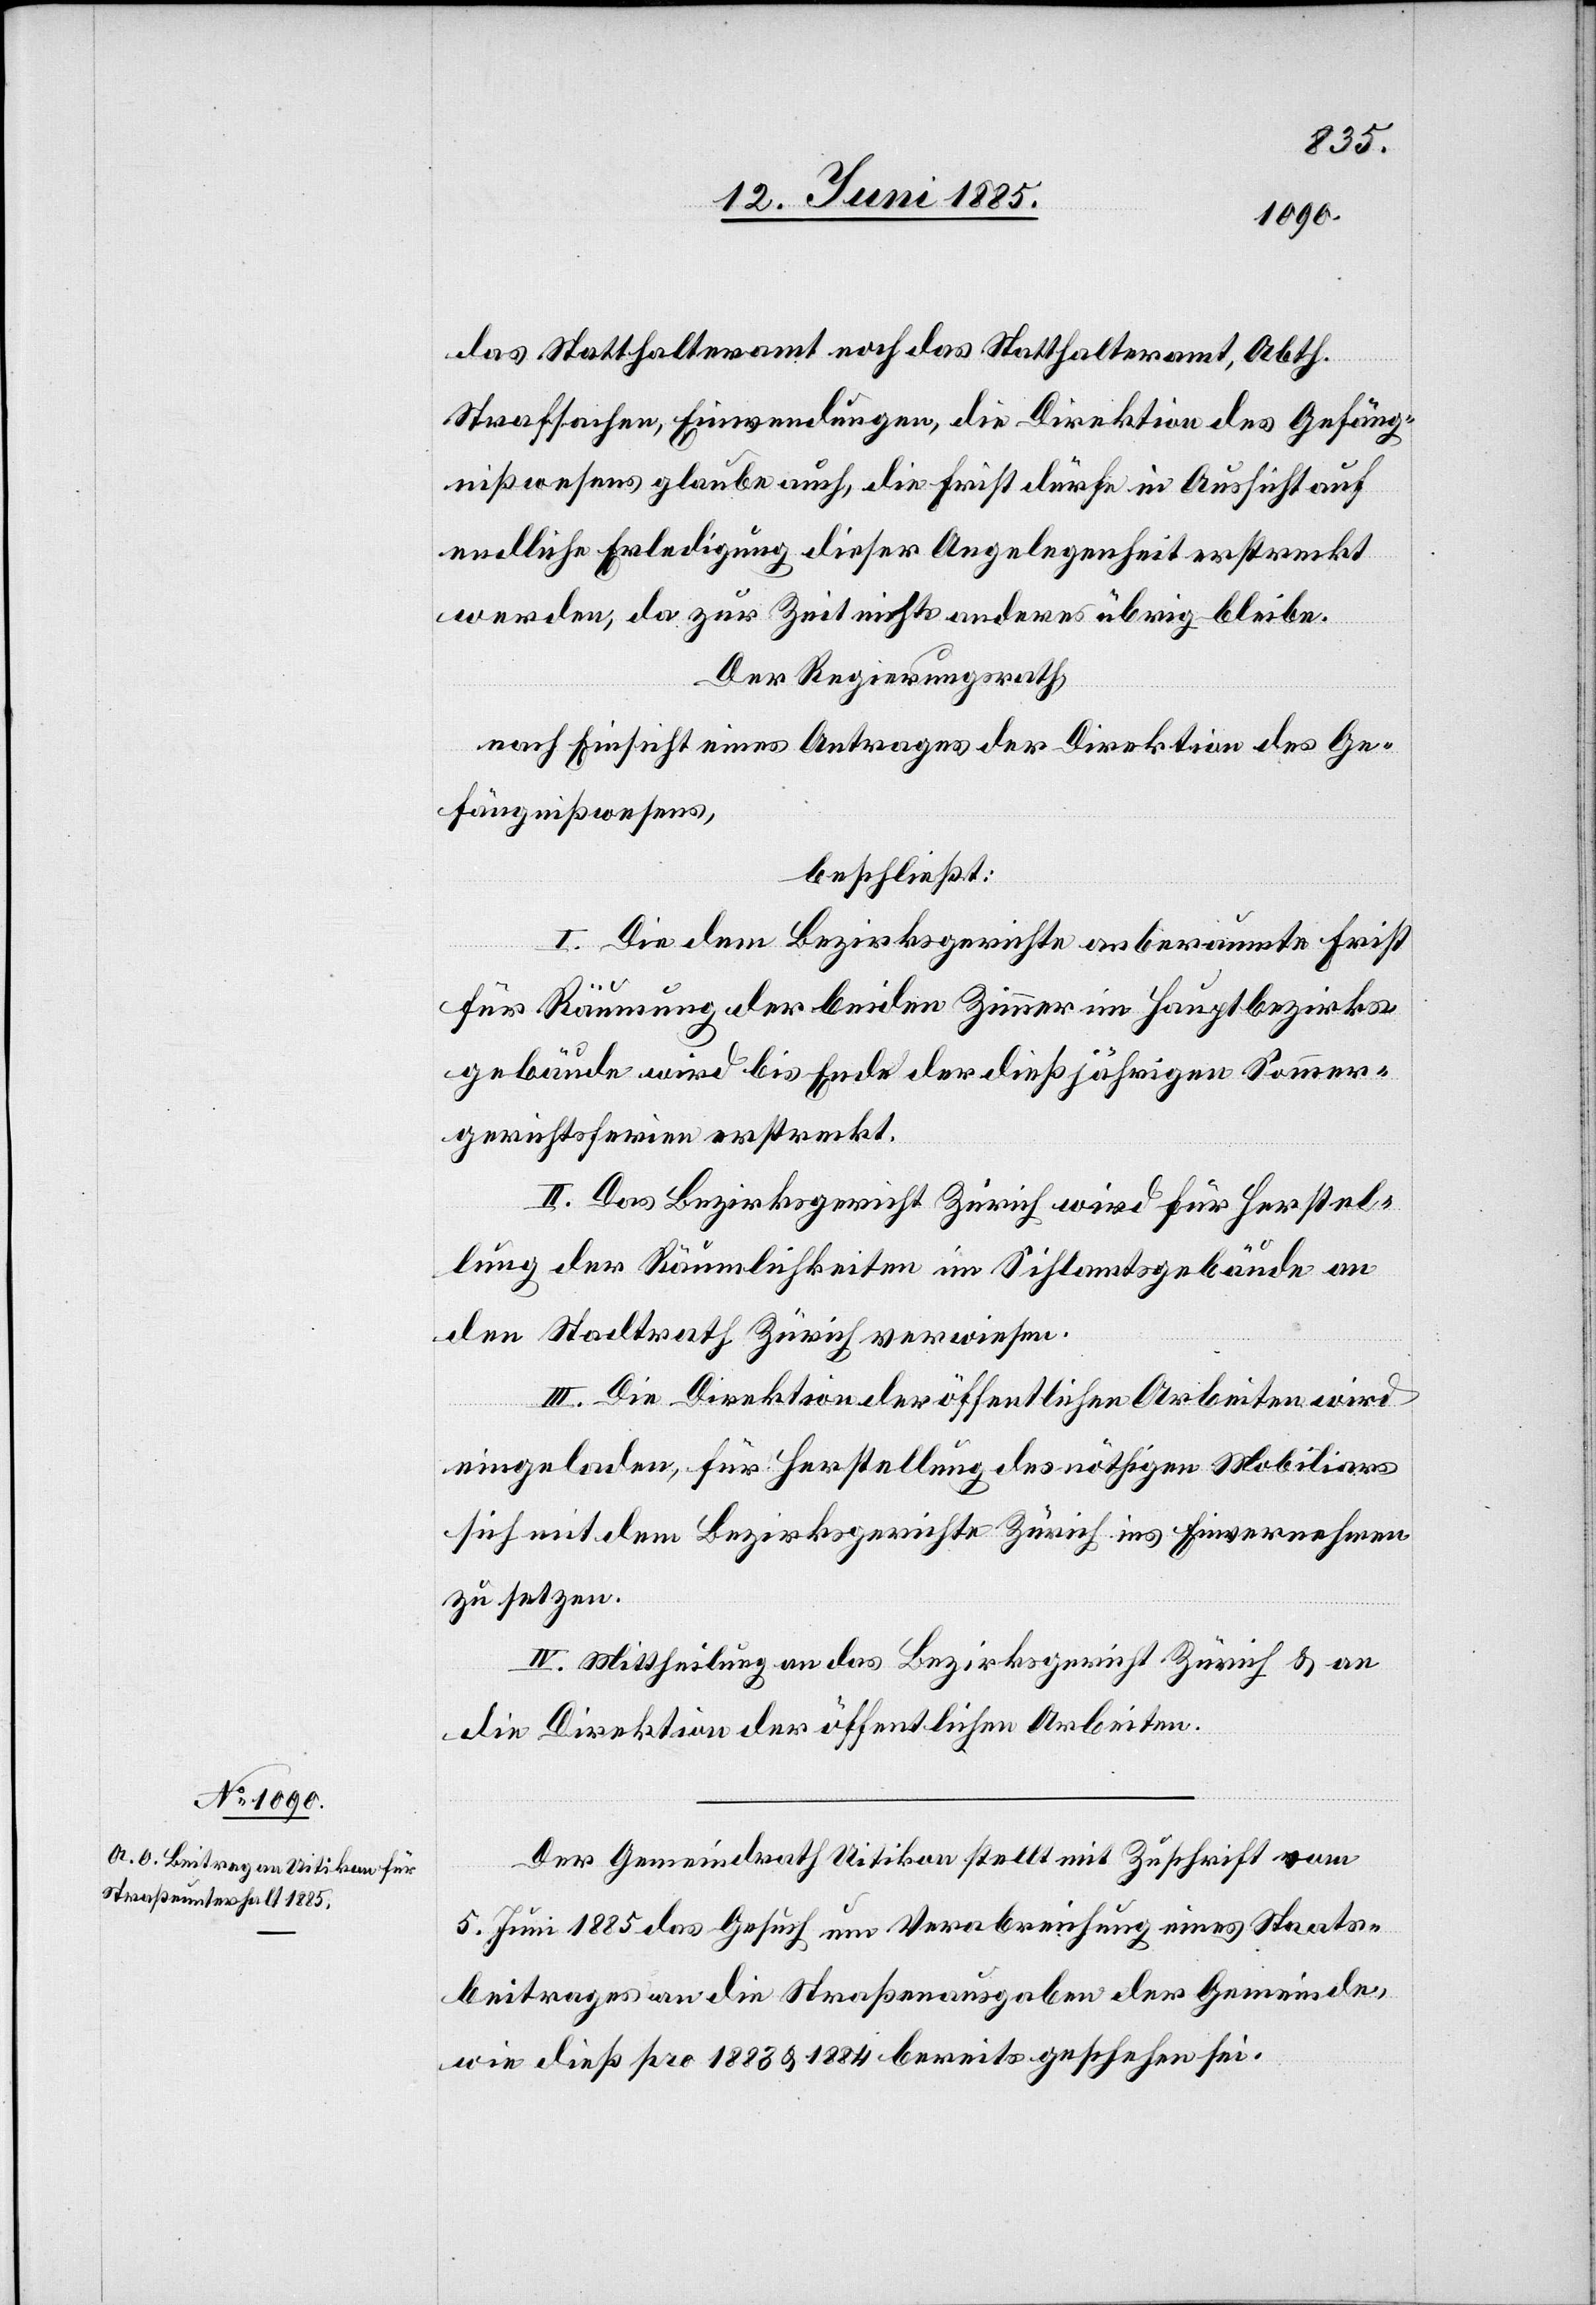
das Statthalteramt noch das Statthalteramt, Abth.
Strafsachen Einwendungen, die Direktion des Gefäng¬
nißwesens glaube auch, die Frist dürfe in Aussicht auf
endliche Erledigung dieser Angelegenheit erstreckt
werden, da zur Zeit nichts anderes übrig bleibe.
Der Regierungsrath,
nach Einsicht eines Antrages der Direktion des Ge¬
fängnißwesens,
beschließt:
I. Die dem Bezirksgerichte anberaumte Frist
für Räumung der beiden Zimmer im Hauptbezirks¬
gebäude wird bis Ende der dießjährigen Sommer¬
gerichtsferien erstreckt.
II. Das Bezirksgericht Zürich wird für Herstel¬
lung der Räumlichkeiten im Sihlamtsgebäude an
den Stadtrath Zürich verwiesen.
III. Die Direktion der öffentlichen Arbeiten wird
eingeladen, für Herstellung des nöthigen Mobiliars
sich mit dem Bezirksgerichte Zürich ins Einvernehmen
zu setzen.
IV. Mittheilung an das Bezirksgericht Zürich & an
die Direktion der öffentlichen Arbeiten.
Der Gemeindrath Uitikon stellt mit Zuschrift vom
5. Juni 1885 das Gesuch um Verabreichung eines Staats¬
beitrages an die Straßenausgaben der Gemeinde,
wie dieß pro 1883 & 1884 bereits geschehen sei.